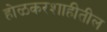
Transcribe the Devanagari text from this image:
होळकरशाहीतील